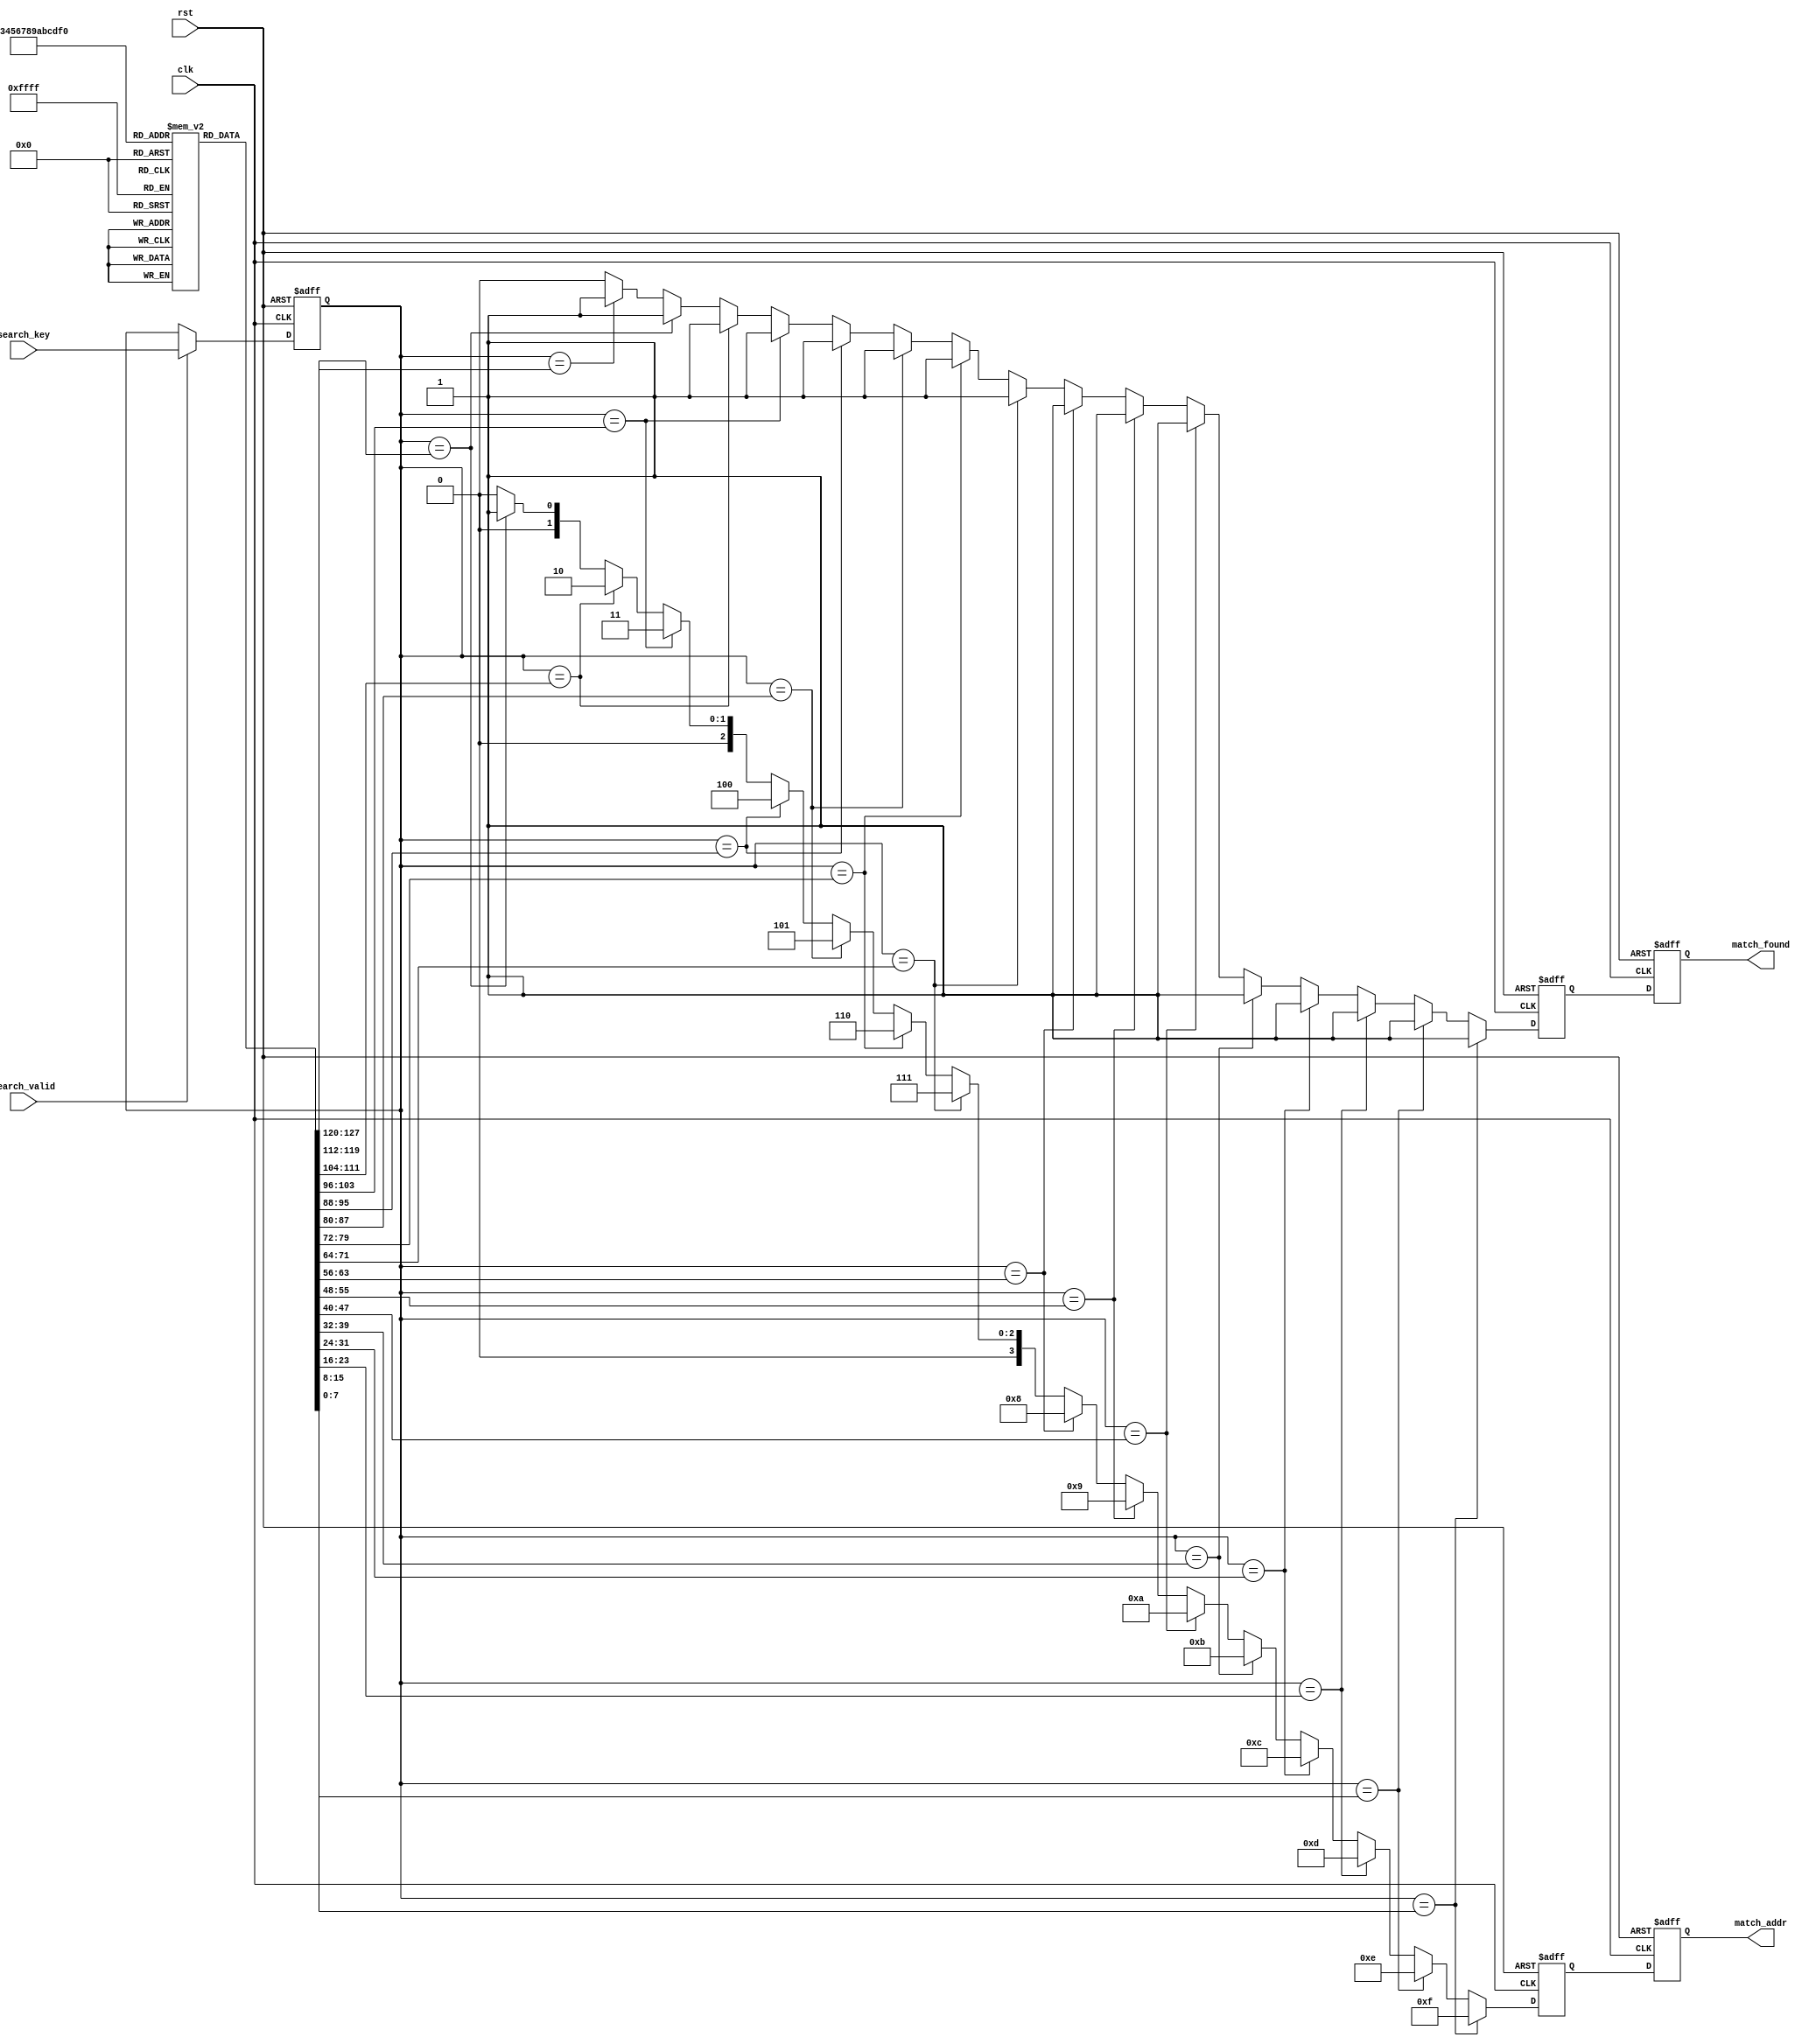
module pipelined_cam #(
    parameter DATA_WIDTH = 8, // Width of data entries
    parameter ADDR_WIDTH = 4, // Number of entries in the CAM
    parameter PIPELINE_STAGES = 3 // Number of pipeline stages
)(
    input clk,
    input rst,
    input [DATA_WIDTH-1:0] search_key, // Input search key
    input search_valid, // Valid signal for search operation
    output reg [ADDR_WIDTH-1:0] match_addr, // Address of the matched entry
    output reg match_found // Match found signal
);

// Memory array
reg [DATA_WIDTH-1:0] memory [0:2**ADDR_WIDTH-1];

// Pipeline registers
reg [DATA_WIDTH-1:0] search_key_reg [0:PIPELINE_STAGES-1];
reg [ADDR_WIDTH-1:0] match_addr_reg [0:PIPELINE_STAGES-1];
reg match_found_reg [0:PIPELINE_STAGES-1];

// Initialize memory (for demonstration purposes)
initial begin
    // Example initialization
    memory[0] = 8'hAA;
    memory[1] = 8'hBB;
    memory[2] = 8'hCC;
    memory[3] = 8'hDD;
    memory[4] = 8'hEE;
    memory[5] = 8'hFF;
    memory[6] = 8'h00;
    memory[7] = 8'h11;
end

// Input Stage: Capture the search key
always @(posedge clk or posedge rst) begin
    if (rst) begin
        search_key_reg[0] <= 0;
    end else if (search_valid) begin
        search_key_reg[0] <= search_key;
    end
end

// Search Stage: Match logic
integer i;
always @(posedge clk or posedge rst) begin
    if (rst) begin
        match_found_reg[1] <= 0;
        match_addr_reg[1] <= 0;
    end else begin
        match_found_reg[1] <= 0;
        match_addr_reg[1] <= 0;
        for (i = 0; i < 2**ADDR_WIDTH; i = i + 1) begin
            if (search_key_reg[0] == memory[i]) begin
                match_found_reg[1] <= 1;
                match_addr_reg[1] <= i;
            end
        end
    end
end

// Output Stage: Pass results to output
always @(posedge clk or posedge rst) begin
    if (rst) begin
        match_found <= 0;
        match_addr <= 0;
    end else begin
        match_found <= match_found_reg[1];
        match_addr <= match_addr_reg[1];
    end
end

endmodule